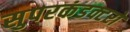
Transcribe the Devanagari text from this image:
सुपरकंडक्टरों